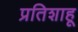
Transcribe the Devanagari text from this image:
प्रतिशाहू